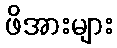
ဖိအားများ